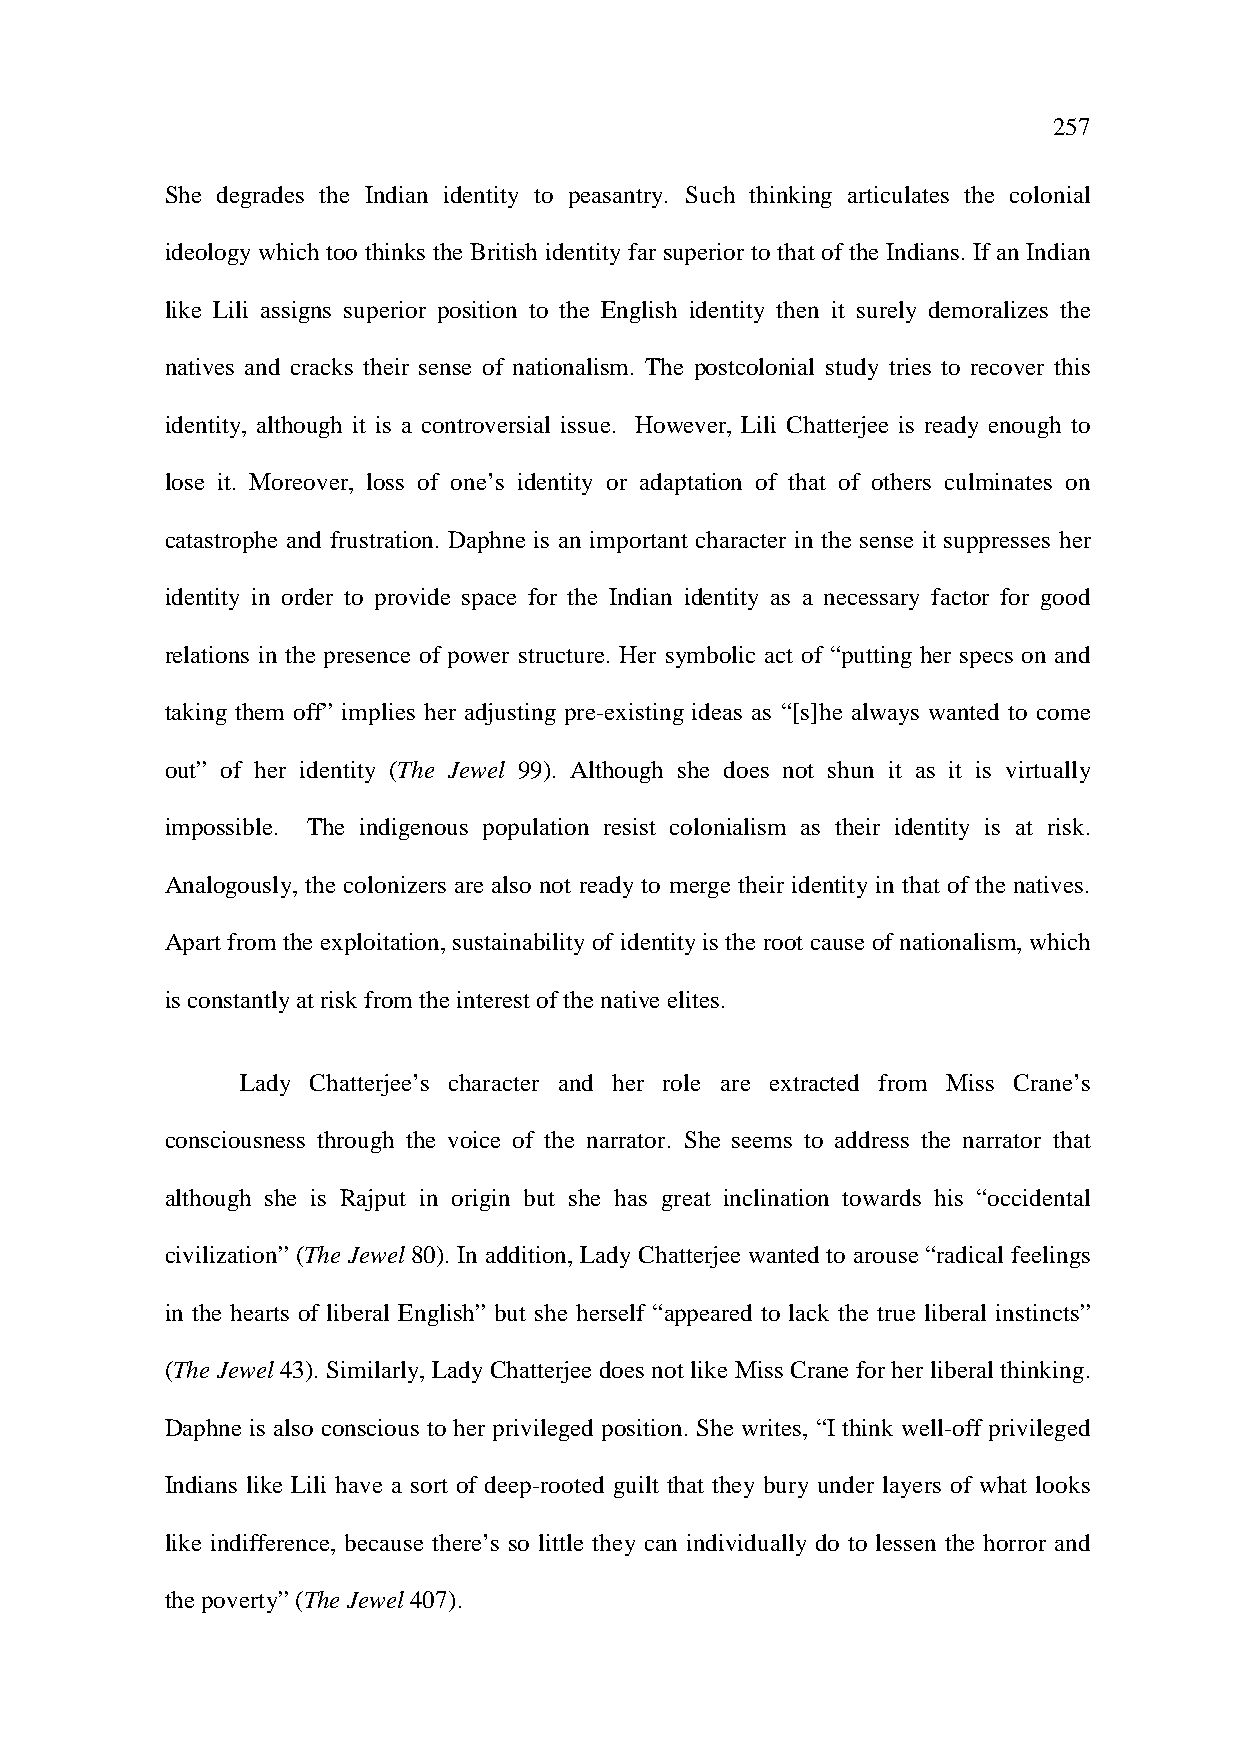
257
 She degrades the Indian identity to peasantry. Such thinking articulates the colonial
 ideology which too thinks the British identity far superior to that of the Indians. If an Indian
 like Lili assigns superior position to the English identity then it surely demoralizes the
 natives and cracks their sense of nationalism. The postcolonial study tries to recover this
 identity, although it is a controversial issue. However, Lili Chatterjee is ready enough to
 lose it. Moreover, loss of one’s identity or adaptation of that of others culminates on
 catastrophe and frustration. Daphne is an important character in the sense it suppresses her
 identity in order to provide space for the Indian identity as a necessary factor for good
 relations in the presence of power structure. Her symbolic act of “putting her specs on and
 taking them off” implies her adjusting pre-existing ideas as “[s]he always wanted to come
 out” of her identity (The Jewel 99). Although she does not shun it as it is virtually
 impossible. The indigenous population resist colonialism as their identity is at risk.
 Analogously, the colonizers are also not ready to merge their identity in that of the natives.
 Apart from the exploitation, sustainability of identity is the root cause of nationalism, which
 is constantly at risk from the interest of the native elites.
 Lady Chatterjee’s character and her role are extracted from Miss Crane’s
 consciousness through the voice of the narrator. She seems to address the narrator that
 although she is Rajput in origin but she has great inclination towards his “occidental
 civilization” (The Jewel 80). In addition, Lady Chatterjee wanted to arouse “radical feelings
 in the hearts of liberal English” but she herself “appeared to lack the true liberal instincts”
 (The Jewel 43). Similarly, Lady Chatterjee does not like Miss Crane for her liberal thinking.
 Daphne is also conscious to her privileged position. She writes, “I think well-off privileged
 Indians like Lili have a sort of deep-rooted guilt that they bury under layers of what looks
 like indifference, because there’s so little they can individually do to lessen the horror and
 the poverty” (The Jewel 407).